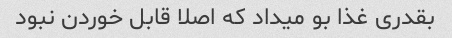
بقدری غذا بو میداد که اصلا قابل خوردن نبود